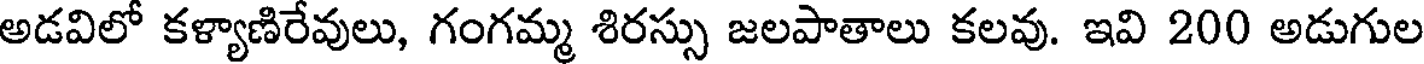
అడవిలో కళ్యాణిరేవులు, గంగమ్మ శిరస్సు జలపాతాలు కలవు. ఇవి 200 అడుగుల